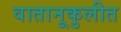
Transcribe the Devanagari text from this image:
वातानूकुलीत